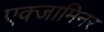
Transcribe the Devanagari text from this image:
एक्‍जामिनर